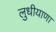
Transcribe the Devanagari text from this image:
लुधीयाणा